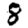
Digit: 8